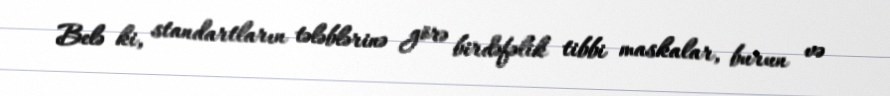
Belə ki, standartların tələblərinə görə birdəfəlik tibbi maskalar, burun və